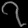
Digit: ၇